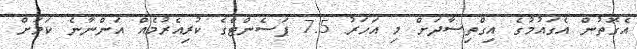
އެގޮތުން އެގައުމުގެ އިގްތިސާދަށް މި އަހަރު 7.5 ޕަސެންޓްގެ ކުރިއެރުމެއް އަންނާނެ ކަމަށް